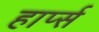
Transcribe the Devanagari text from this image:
हार्प्स